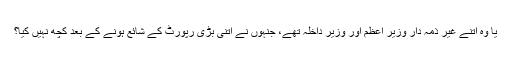
یا وہ اتنے غیر ذمہ دار وزیر اعظم اور وزیر داخلہ تھے، جنہوں نے اتنی بڑی رپورٹ کے شائع ہونے کے بعد کچھ نہیں کیا؟